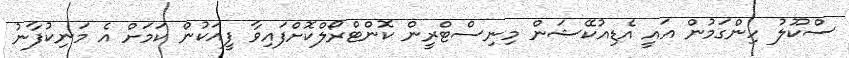
ސްކޫލު ހިންގަމުން އައީ އެޑިއުކޭޝަން މިނިސްޓްރީން ކޮންޓްރޯލްކޮށްފައިވާ ފީއަކުން ކަމަށް އެ މަނިކުފާނު